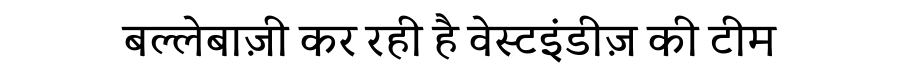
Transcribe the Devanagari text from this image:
बल्लेबाज़ी कर रही है वेस्टइंडीज़ की टीम